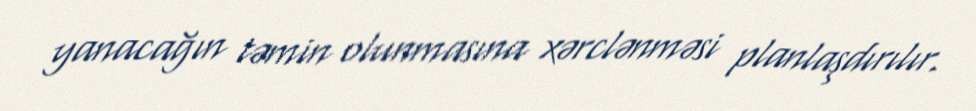
yanacağın təmin olunmasına xərclənməsi planlaşdırılır.